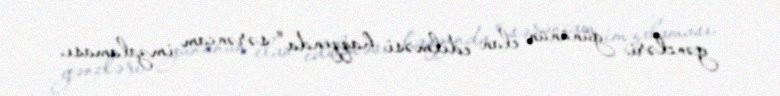
gəncləri gününün elan edilməsi haqqında" sərəncam imzalaması.